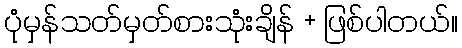
ပုံမှန်သတ်မှတ်စားသုံးချိန် + ဖြစ်ပါတယ်။